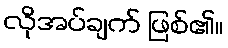
လိုအပ်ချက် ဖြစ်၏။